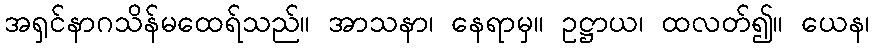
အရှင်နာဂသိန်မထေရ်သည်။ အာသနာ၊ နေရာမှ။ ဥဋ္ဌာယ၊ ထလတ်၍။ ယေန၊